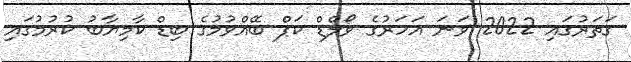
ގަތަރުގައި 2022 ވަނަ އަހަރުގެ ވޯލްޑް ކަޕް ބޭއްވުމުގެ ބިޑް ކާމިޔާބު ކުރުމުގައި